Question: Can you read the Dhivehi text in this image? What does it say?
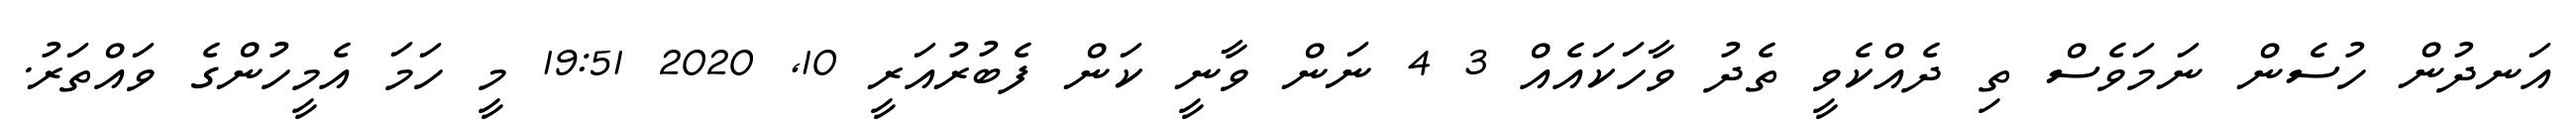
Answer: އަނދުން ހުސެން ނަމަވެސް ތި ދެއްކެވީ ތެދު ވާހަކައެއް 3 4 ނަން ވާނީ ކަން ފެބުރުއަރީ 10, 2020 19:51 މީ ހަމަ އެމީހުންގެ ވައްތަރު.